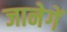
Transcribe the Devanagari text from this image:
जानेगें